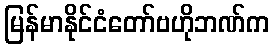
မြန်မာနိုင်ငံတော်ဗဟိုဘဏ်က